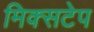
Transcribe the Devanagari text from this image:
मिक्सटेप